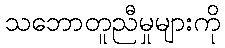
သဘောတူညီမှုများကို